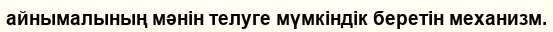
айнымалының мәнін телуге мүмкіндік беретін механизм.